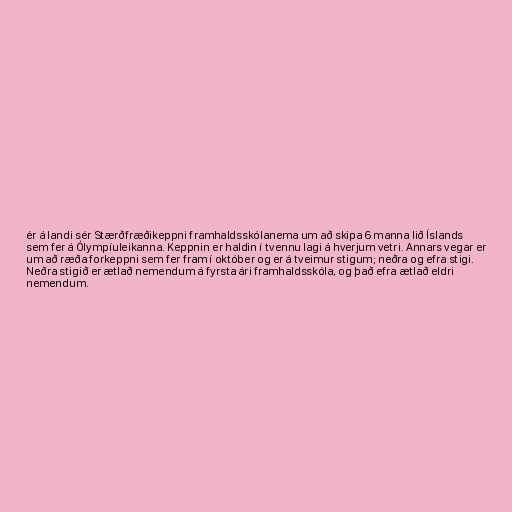
ér á landi sér Stærðfræðikeppni framhaldsskólanema um að skipa 6 manna lið Íslands
sem fer á Ólympíuleikanna. Keppnin er haldin í tvennu lagi á hverjum vetri. Annars vegar er
um að ræða forkeppni sem fer fram í október og er á tveimur stigum; neðra og efra stigi.
Neðra stigið er ætlað nemendum á fyrsta ári framhaldsskóla, og það efra ætlað eldri
nemendum.